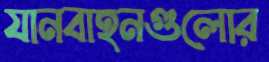
যানবাহনগুলোর